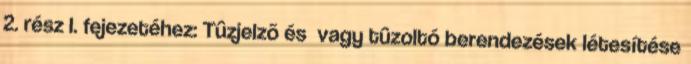
2. rész I. fejezetéhez: Tûzjelzõ és vagy tûzoltó berendezések létesítése